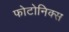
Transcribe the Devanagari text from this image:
फोटोनिक्स